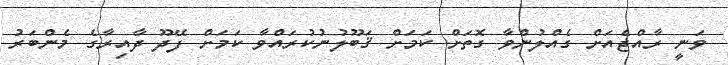
ވަނީ ރާއްޖެއަށް ގެއްލުންވާ ގޮތަށް ކަމަށް ޤަބޫލުނުކުރައްވާ ކަމަށް ފޭދޫ ދާއިރާގެ މެންބަރު